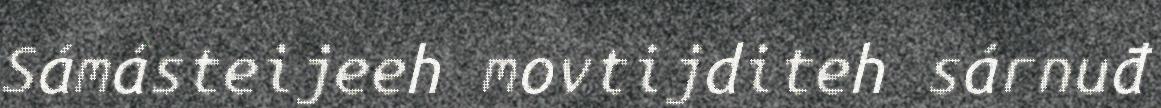
Sámásteijeeh movtijditeh sárnuđ